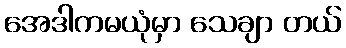
အေဒါကမယုံမှာ သေချာ တယ်